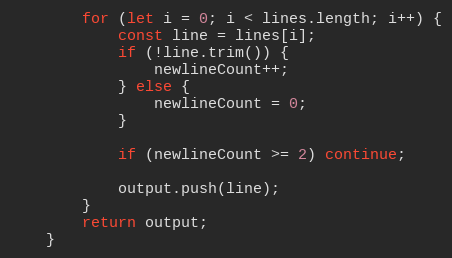
Language: JavaScript
		for (let i = 0; i < lines.length; i++) {
			const line = lines[i];
			if (!line.trim()) {
				newlineCount++;
			} else {
				newlineCount = 0;
			}

			if (newlineCount >= 2) continue;

			output.push(line);
		}
		return output;
	}